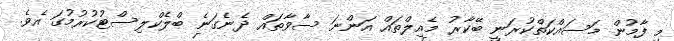
މި ފާމުން މަސައްކަތްކުރަނީ ބޭކާރު މެއިލްތައް އަންނަ ސާވާތައް ދެނެގަނެ ބްލެކްލިސްޓުކުރުމުގަ އެވެ.